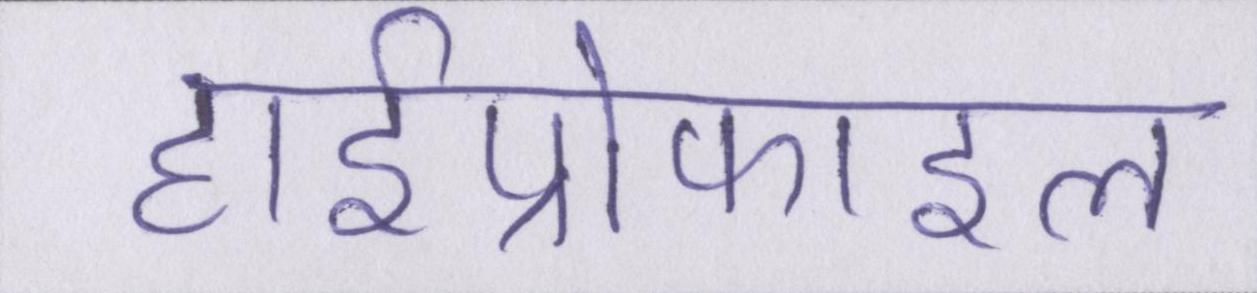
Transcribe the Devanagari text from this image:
हाईप्रोफाइल